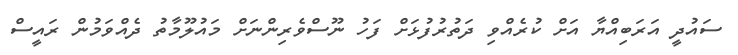
ސައުދީ އަރަބިއްޔާ އަށް ކުރެއްވި ދަތުރުފުޅަށް ފަހު ނޫސްވެރިންނަށް މައުލޫމާތު ދެއްވަމުން ރައީސް